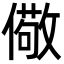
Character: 儆